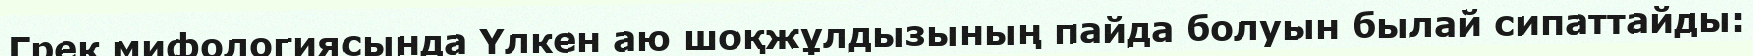
Грек мифологиясында Үлкен аю шоқжұлдызының пайда болуын былай сипаттайды: